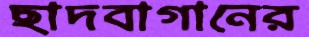
ছাদবাগানের